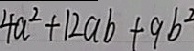
4 a ^ { 2 } + 1 2 a b + 9 b ^ { 2 }